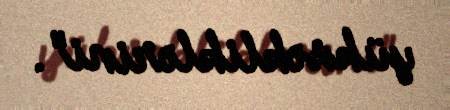
yüksəkliklərini".